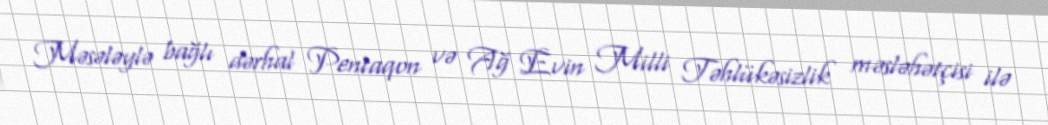
Məsələylə bağlı dərhal Pentaqon və Ağ Evin Milli Təhlükəsizlik məsləhətçisi ilə